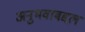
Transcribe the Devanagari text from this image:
अनुभवाबद्दल